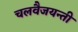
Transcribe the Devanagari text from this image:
चलवैजयन्ती